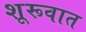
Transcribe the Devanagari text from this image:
शूरूवात